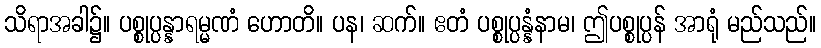
သိရာအခါ၌။ ပစ္စုပ္ပန္နာရမ္မဏံ ဟောတိ။ ပန၊ ဆက်။ ဧတံ ပစ္စုပ္ပန္နံနာမ၊ ဤပစ္စုပ္ပန် အာရုံ မည်သည်။